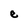
Character: e